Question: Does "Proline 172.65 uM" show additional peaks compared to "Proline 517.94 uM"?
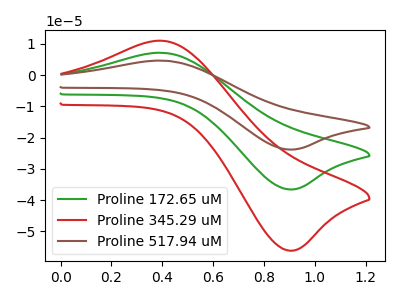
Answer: <think>The green curve "Proline 172.65 uM" has an anodic peak at (0.40V, 7.20uA) and a cathodic peak at (0.90V, -36.55uA). The red curve "Proline 345.29 uM" has an anodic peak at (0.40V, 11.05uA) and a cathodic peak at (0.90V, -56.20uA). The brown curve "Proline 517.94 uM" has an anodic peak at (0.40V, 14.40uA) and a cathodic peak at (0.90V, -73.15uA).
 All the peaks in "Proline 172.65 uM" have a peak in "Proline 517.94 uM" at the same potential. Every peak in "Proline 172.65 uM" is lower than every peak in "Proline 517.94 uM".</think>
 <answer>No, "Proline 172.65 uM" and "Proline 517.94 uM" don't appear to be significantly different in shape</answer>
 <eval>no_change</eval>